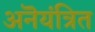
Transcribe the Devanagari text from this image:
अनॆयंत्रित